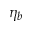
\eta _ { b }